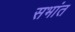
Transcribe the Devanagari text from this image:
सभांत